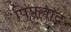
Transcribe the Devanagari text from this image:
पिपल्लाद